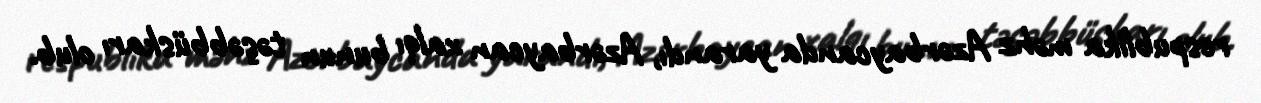
respublika məhz Azərbaycanda yarandı, Azərbaycan xalqı bunun təşəbbüskarı olub.